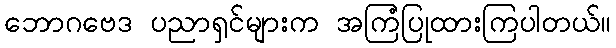
ဘောဂဗေဒ ပညာရှင်များက အကြံပြုထားကြပါတယ်။